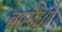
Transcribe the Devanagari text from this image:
बारौधा